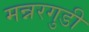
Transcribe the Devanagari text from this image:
मन्नरगुडी